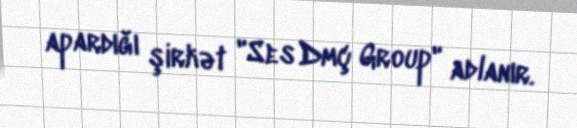
apardığı şirkət "Ses Dmç Group" adlanır.